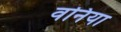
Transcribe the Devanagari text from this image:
वनिया